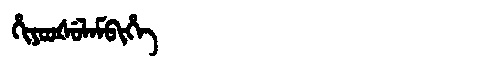
Manchu: ᡥᡳᠶᠣᠣᡧᡠᠯᠠᠮᠪᡳᡥᡝ
Romanization: HIYOOŠULAMBIHE